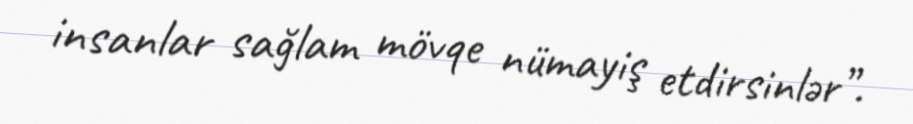
insanlar sağlam mövqe nümayiş etdirsinlər”.